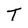
Character: T